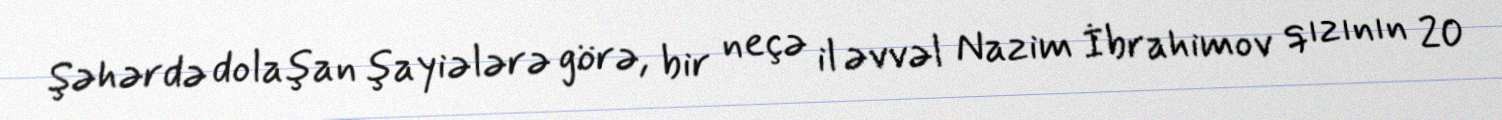
Şəhərdə dolaşan şayiələrə görə, bir neçə il əvvəl Nazim İbrahimov qızının 20